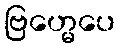
ဗြဟ္မေပေ